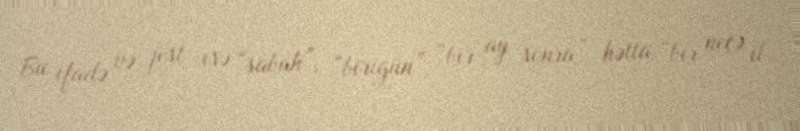
Bu ifadə və jest isə “sabah”, “birigün”, “bir ay sonra”, hətta “bir neçə il